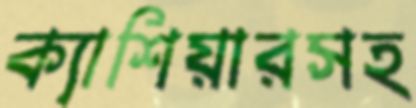
ক্যাশিয়ারসহ